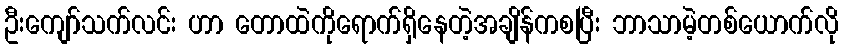
ဦးကျော်သက်လင်း ဟာ တောထဲကိုရောက်ရှိနေတဲ့အချိန်ကစပြီး ဘာသာမဲ့တစ်ယောက်လို